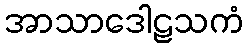
အာသာဒေါဠသကံ